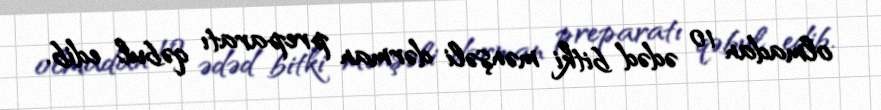
olmadan 10 ədəd bitki mənşəli dərman preparatı qəbul edib.